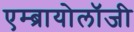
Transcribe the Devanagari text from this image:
एम्ब्रायोलॉजी